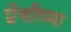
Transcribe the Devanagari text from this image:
ऐशीच्या